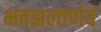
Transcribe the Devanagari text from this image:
भवझलार्णवं